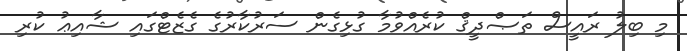
މި ބިލު ރައީސް ތަޞްދީޤް ކުރެއްވުމާ ގުޅިގެން ސަރުކާރުގެ ގެޒެޓްގައި ޝާއިޢު ކުރި